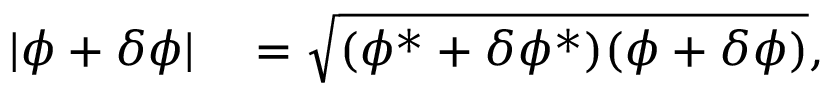
\begin{array} { r l } { | \phi + \delta \phi | } & { { } = \sqrt { ( \phi ^ { * } + \delta \phi ^ { * } ) ( \phi + \delta \phi ) } , } \end{array}